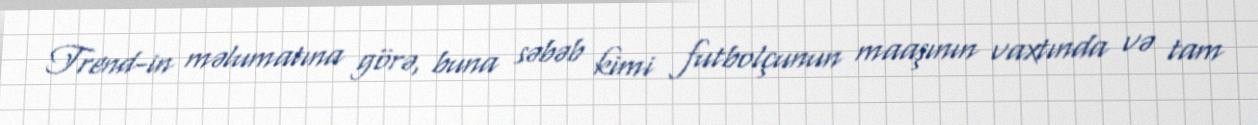
Trend-in məlumatına görə, buna səbəb kimi futbolçunun maaşının vaxtında və tam